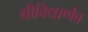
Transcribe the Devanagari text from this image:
श्रीविद्यार्णव